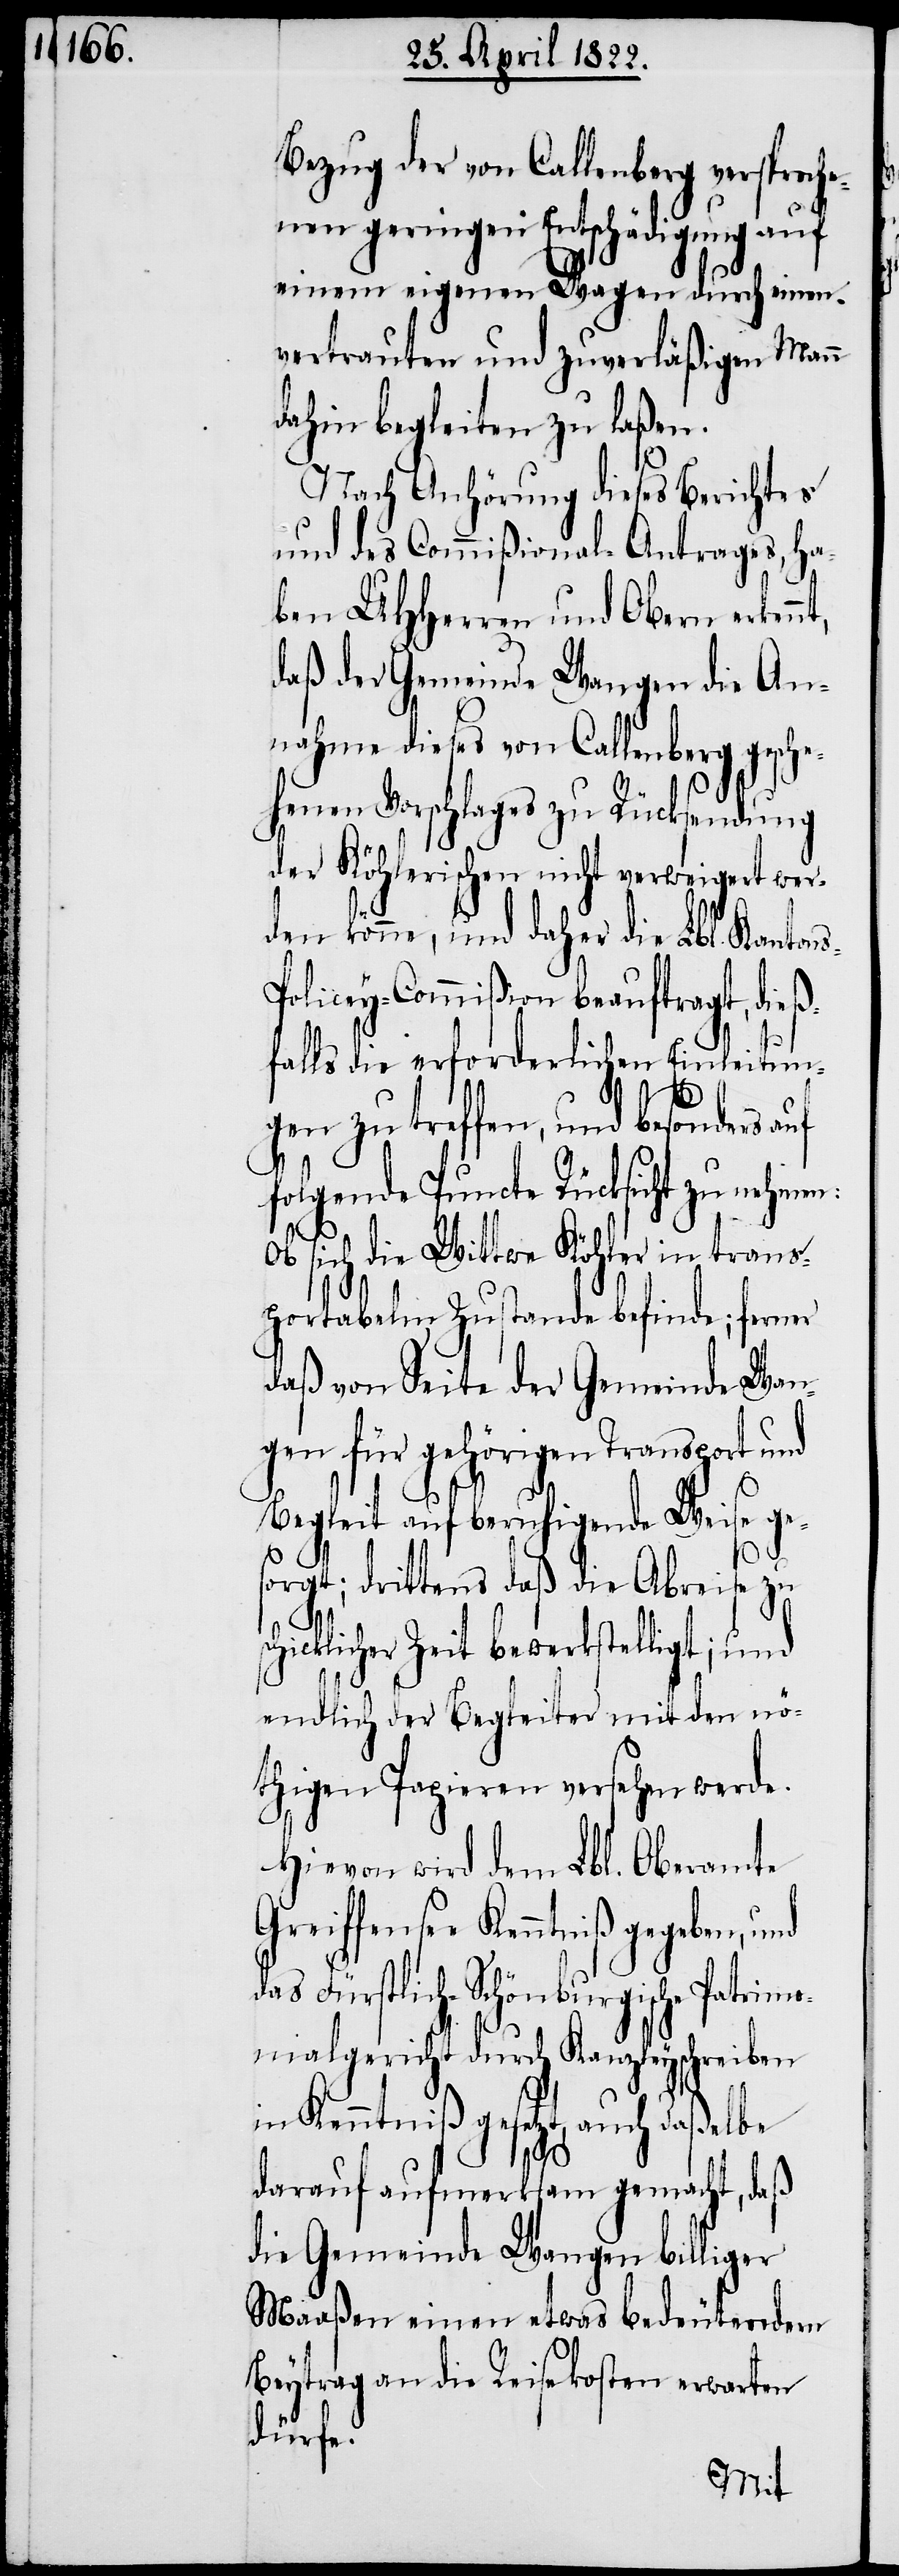
Bezug der von Callenberg versproch¬
enen geringen Entschädigung auf
einem eigenen Wagen durch einen
vertrauten und zuverläßigen Mann
dahin begleiten zu laßen.
Nach Anhörung dieses Berichtes
und des Commißional-Antrages, ha¬
ben UHHerren und Obern erken¬
daß der Gemeinde Wangen die An¬
nahme dieses von Callenberg gesche¬
henen Vorschlages zu Rücksendung
der Köhlerischen nicht verweigert wer¬
den könne, und daher die Lbl. Kanton¬
olicey-Commißion beauftragt, dieß¬
falls die erforderlichen Einleitun¬
gen zu treffen, und besonders
folgende Puncte Rücksicht zu nehmen:
Ob sich die Wittwe Köhler in trans¬
portabelm Zustande befinde; ferner
daß von Seite der Gemeinde Wan¬
gen für gehörigen Transport und
Begleit auf beruhigende Weise ge¬
sorgt; drittens daß die Abreise zu
chicklicher Zeit bewerkstelligt; und
endlich der Begleiter mit den nö¬
thigen Papieren versehen werde.
Hievon wird dem Lbl. Oberamte
Greiffensee Kenntniß gegeben, und
das Fürstlich-Schönburgische Patrimon¬
ialgericht durch Kanzleyschreiben
s¬
in Kenntniß gesetzt, auch daßelbe
darauf aufmerksam gemacht, daß
die Gemeinde Wangen billiger
Maaßen einen etwas bedeutendern
Beytrag an die Reisekosten erwarten
dürfe.